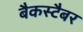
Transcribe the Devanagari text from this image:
बैकस्टैबर